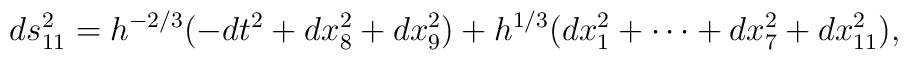
ds^2_{11} = h^{-2/3} (-dt^2+dx_8^2+dx_9^2)       +h^{1/3} (dx_1^2 + \cdots + dx_7^2+dx_{11}^2) ,